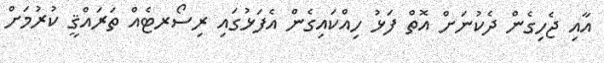
އާއި ޖެހިގެން ދެކުނަށް އޮތް ފަޅު ހިއްކައިގެން އެފަޅުގައި ރިސޯރޓެއް ތަރައްޤީ ކުރުމަށް